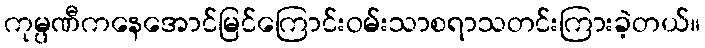
ကုမ္ပဏီကနေအောင်မြင်ကြောင်းဝမ်းသာစရာသတင်းကြားခဲ့တယ်။